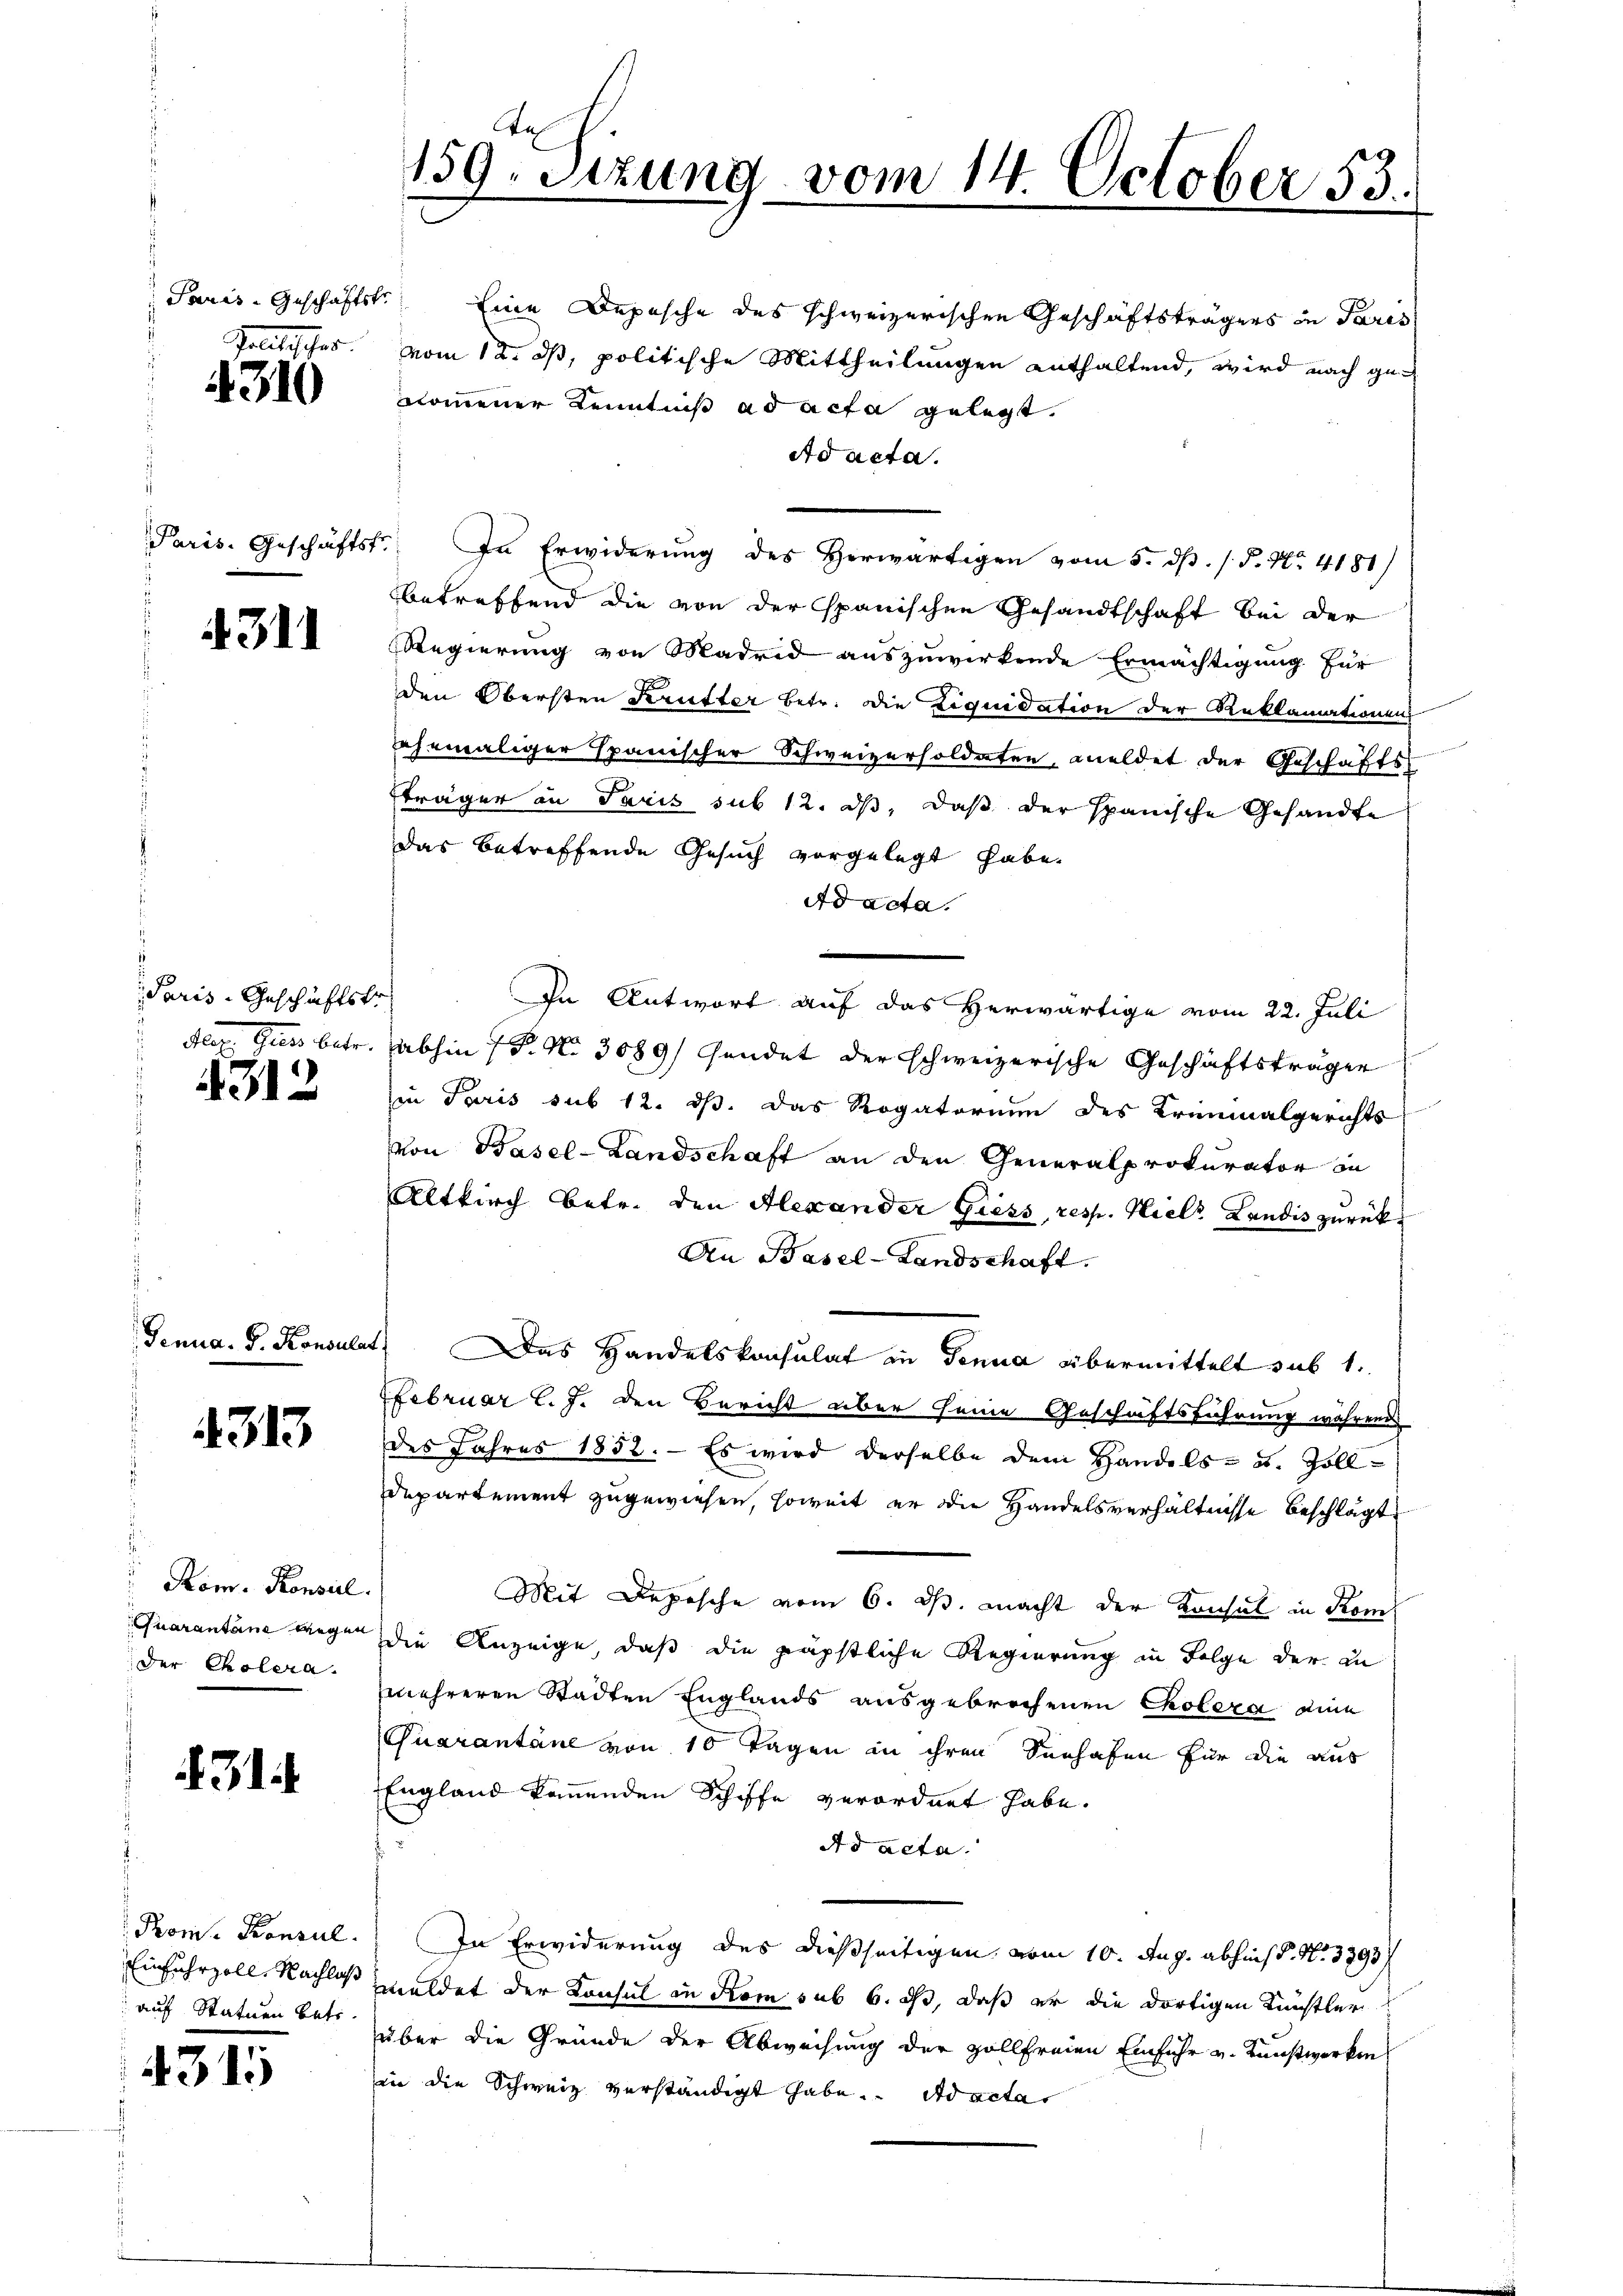
Politischer.

4310

4311

Paris-Geschäftstr

312

Genua, G. Konsula

4313

Rom. Konsil.
Quarantane wegen
der Cholera.

431.

4315

Rom. Konsul
Einfuhrzoll, Nachlaß
 auf Statuen Betr

te
159. Sitzung vom 14. October 55.

Paris-Geschäftstr Eine Depesche des schweizerischen Geschäftsträgers in Paris
vom 12. ds, politische Mittheilungen enthaltend, wird nach genomener Kenntniß ad acta gelegt.
Ad acta.
Paris. Geschäftst. In Erwiderung des Herwärtigen vom 5. dß. / 5. No. 4181)
betreffend die von der spanischen Gesandtschaft bei der
Regierung von Madrid auszuwirkende Ermächtigung für
den Obersten Kerütter betr. die Liquidation der Reklamationen
ehemaliger Spanischer Schweizersoldaten, meldet der Geschäfts-
träger an Paris sub 12. ds, daß der spanische Gesandte
Das betreffende Gesuch vorgelegt habe.
Ad acta.
n
In Antwort auf das Herwärtige vom 22. Juli
Aler. Giess betr. abhin 1 P. N. 3089/ Gündet der schweizerische Geschäftsträger
in Paris sub 12. dß. Das Rogatorium des Kriminalgerichts
Von Basel-Landschaft an den Generalprokurator in
Altkirch betr. den Alexander Giess, resp. Hiels Landis zurück¬
An Basel-Landschaft.
4. Das Handelskonsulat in Genua übermittelt sub 1.
Februar l. J. den Bericht über seine Geschäftsführung währende
des Jahres 1852. — Es wird derselbe dem Handels- u. Zoll¬
Departement zugewiesen, soweit er die Handelsverhältnisse beschlägt
Mit Depesche vom 6. ds. macht der Konsul in Kom
die Anzeige, daß die päpstliche Regierung in Folge der in
mehreren Stadten Englands ausgebrochenen Cholera die
Quarantane von 10 Tagen in ihren Seehafen für die aus
England kommenden Schiffe verordnet habe.
Ad acta.
In Erwiderung des dießseitigen vom 10. Aug. abhinst. N. 3393/
meldet der Konsul in dem sub 6. ds, daß er die dortigen Künstler
über die Gründe der Abweisung der Zollfreien Einfuhr v. Kunstwerken
in die Schweiz verständigt habe. Ad acta